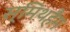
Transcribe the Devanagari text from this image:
स्मिथहैम